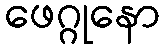
ဖေဂ္ဂုနော